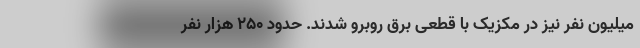
میلیون نفر نیز در مکزیک با قطعی برق روبرو شدند. حدود ۲۵۰ هزار نفر